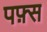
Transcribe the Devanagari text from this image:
पफ़्स